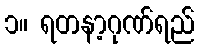
၁။ ရတနာ့ဂုဏ်ရည်